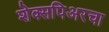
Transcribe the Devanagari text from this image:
शेक्सपिअरचा